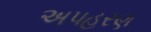
અપહરણ